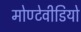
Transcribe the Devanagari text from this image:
मोण्टेवीडियो